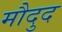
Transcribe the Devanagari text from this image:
मौदुद